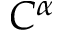
C ^ { \alpha }